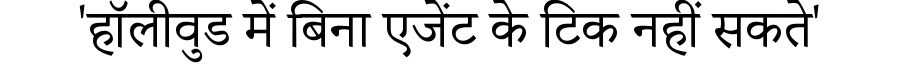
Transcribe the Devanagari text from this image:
'हॉलीवुड में बिना एजेंट के टिक नहीं सकते'